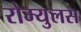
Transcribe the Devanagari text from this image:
रोम्युलस